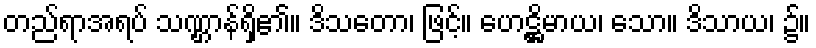
တည်ရာအရပ် သဏ္ဌာန်ရှိ၏။ ဒိသတော၊ ဖြင့်။ ဟေဋ္ဌိမာယ၊ သော။ ဒိသာယ၊ ၌။